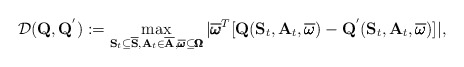
\begin{align*} \mathcal{D}(\mathbf{Q}, \mathbf{Q}^{'}) := \max_{\mathbf{S}_t \subseteq \overline{\mathbf{S}}, \mathbf{A}_t \in \overline{\mathbf{A}}, \overline{\pmb{\omega}} \subseteq \pmb{\Omega}}|\overline{\pmb{\omega}}^T[\mathbf{Q}(\mathbf{S}_t, \mathbf{A}_t, \overline{\pmb{\omega}}) - \mathbf{Q}^{'}(\mathbf{S}_t, \mathbf{A}_t, \overline{\pmb{\omega}})]|,\end{align*}